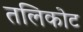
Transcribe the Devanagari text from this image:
तलिकोट